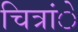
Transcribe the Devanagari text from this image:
चित्रांे